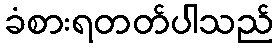
ခံစားရတတ်ပါသည်